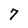
Character: 7